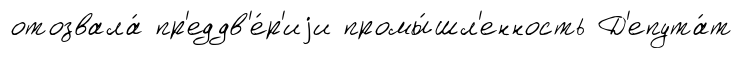
отозвала́ пр'еддв'е́р'иjи промы́шл'енность Д'епута́т